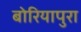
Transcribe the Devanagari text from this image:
बोरियापुरा